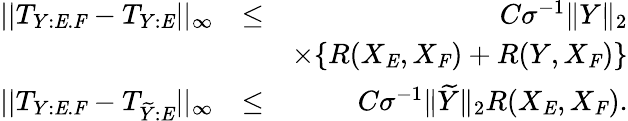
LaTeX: \begin{array}{rlr}{||T_{Y:\mathit{E}.\mathit{F}}-T_{Y:\mathit{E}}||_{\infty}}&{\leq}&{C\sigma^{-1}\| Y\| _{2}}\\ &{}&{\times\{ R(X_{\mathit{E}},X_{\mathit{F}})+R(Y,X_{\mathit{F}})\} }\\ {||T_{Y:\mathit{E}.\mathit{F}}-T_{\widetilde{Y}:\mathit{E}}||_{\infty}}&{\leq}&{C\sigma^{-1}\| \widetilde{Y}\| _{2}R(X_{\mathit{E}},X_{\mathit{F}}).}\end{array}